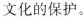
文化的保护